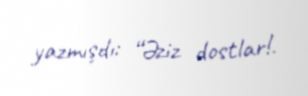
yazmışdı: “Əziz dostlar!.